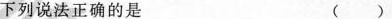
下列说法正确的是 ( )